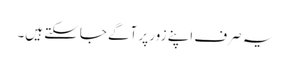
یہ صرف اپنے زور پر آگے جاسکتے ہیں۔